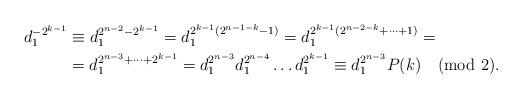
LaTeX: \begin{align*}d_1^{-2^{k-1}}&\equiv d_1^{2^{n-2}-2^{k-1}}=d_1^{2^{k-1}(2^{n-1-k}-1)}=d_1^{2^{k-1}(2^{n-2-k}+\dots+1)}=\\&=d_1^{2^{n-3}+\dots+2^{k-1}}=d_1^{2^{n-3}}d_1^{2^{n-4}}\dots d_1^{2^{k-1}}\equiv d_1^{2^{n-3}}P(k)\pmod{2}.\end{align*}